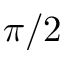
\pi / 2